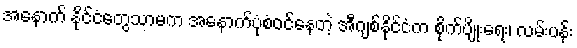
အနောက် နိုင်ငံတွေသာမက အနောက်ပုံစံဝင်နေတဲ့ အီဂျစ်နိုင်ငံက စိုက်ပျိုးရေး၊ လမ်းပန်း